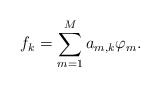
\begin{align*} f_{k}=\sum_{m=1}^{M}a_{m, k}\varphi_{m}.\end{align*}